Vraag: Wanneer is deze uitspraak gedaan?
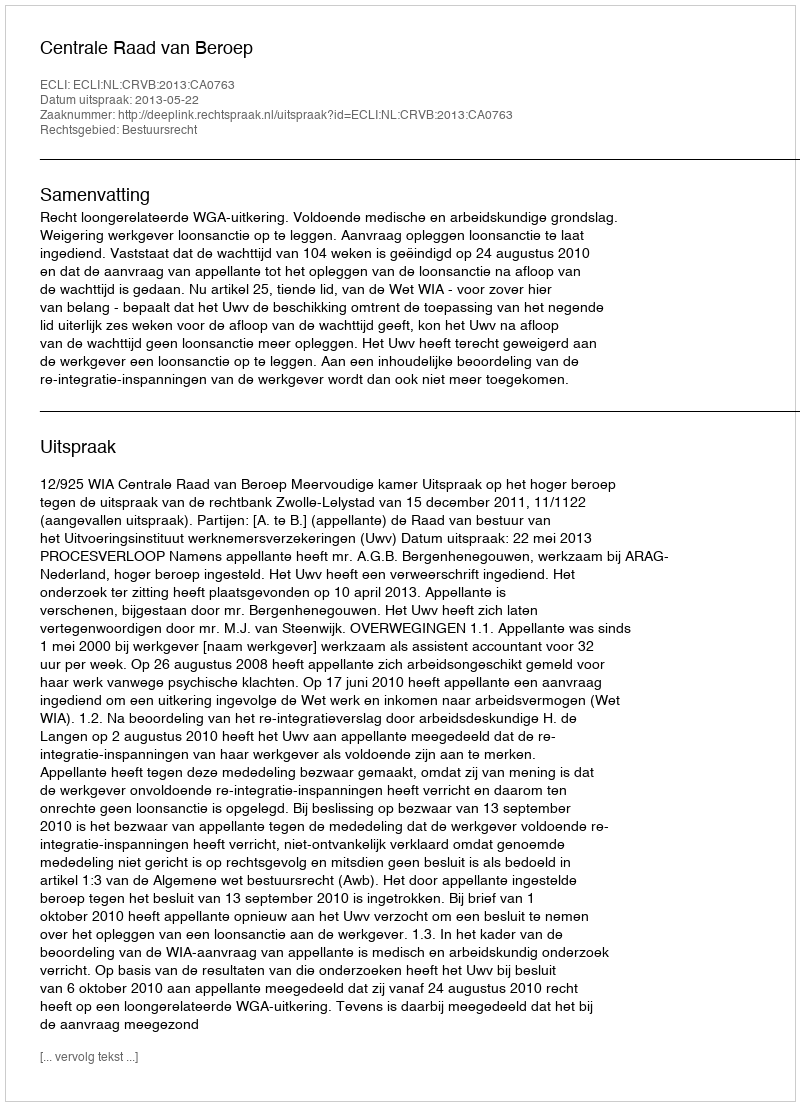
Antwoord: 2013-05-22